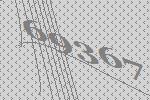
69367